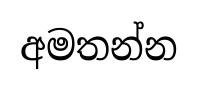
අමතන්න